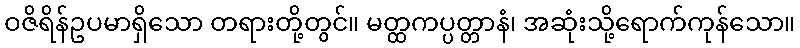
ဝဇိရိန်ဥပမာရှိသော တရားတို့တွင်။ မတ္ထကပ္ပတ္တာနံ၊ အဆုံးသို့ရောက်ကုန်သော။